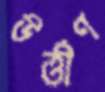
উর্ত্তীণ